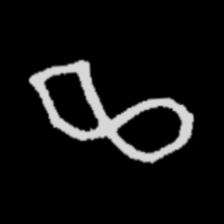
Pyu character \u2014 Myanmar letter: ဆ (romanized: cha)